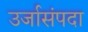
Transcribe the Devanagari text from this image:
उर्जासंपदा